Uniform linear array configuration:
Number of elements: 12
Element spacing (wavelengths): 0.5
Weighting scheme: exponential
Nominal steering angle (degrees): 0
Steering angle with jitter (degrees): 0.2485
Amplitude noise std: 0.05
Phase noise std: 0.05

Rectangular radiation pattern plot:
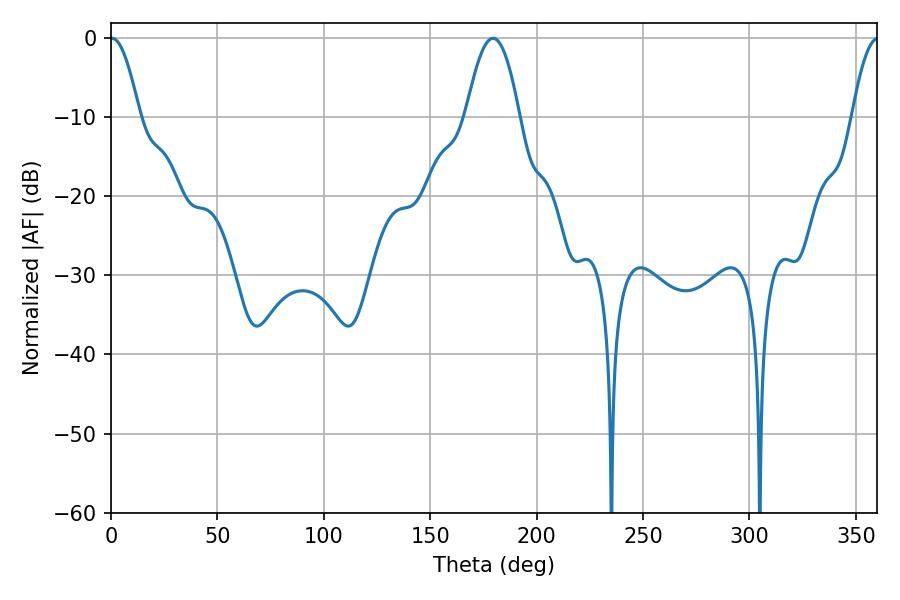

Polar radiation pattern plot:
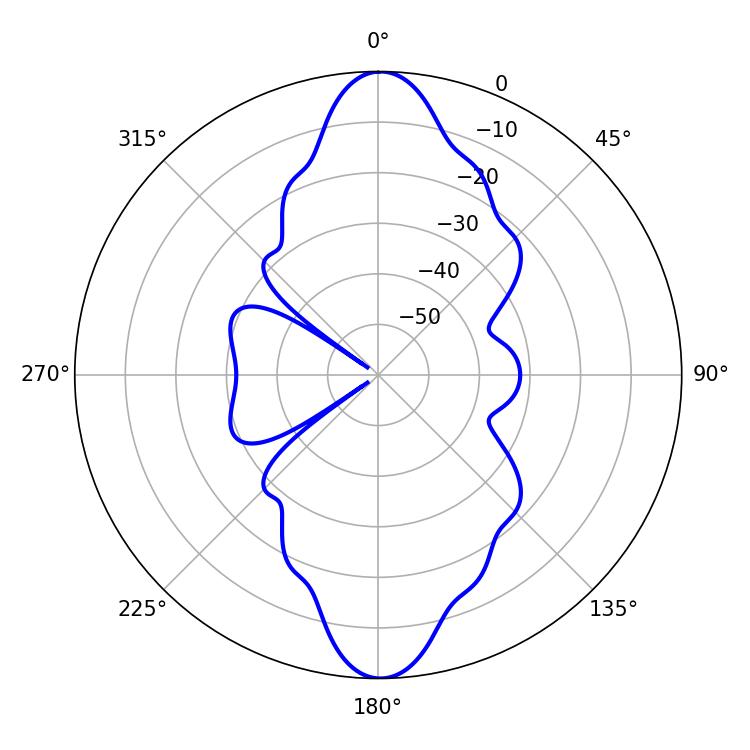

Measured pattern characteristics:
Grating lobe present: FALSE
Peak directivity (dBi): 21.794
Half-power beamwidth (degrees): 7.38
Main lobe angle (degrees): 0.54